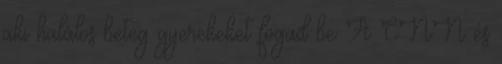
aki halálos beteg gyerekeket fogad be A CNN és